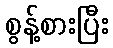
စွန့်စားပြီး